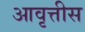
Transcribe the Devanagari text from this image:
आवृत्तीस